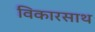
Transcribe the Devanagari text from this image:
विकारसाथ